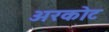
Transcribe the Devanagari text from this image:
अरकोट